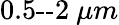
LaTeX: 0.5\textrm{--}2\ \mu m